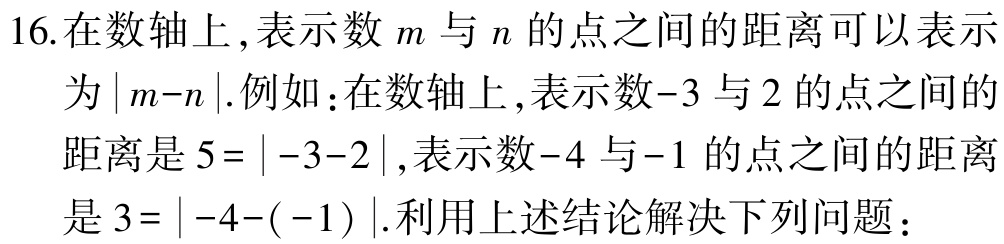
16.在数轴上,表示数\(m\)与\(n\)的点之间的距离可以表示为\(\vert m - n\vert\).例如：在数轴上,表示数\(-3\)与\(2\)的点之间的距离是\(5 = \vert -3 - 2\vert\),表示数\(-4\)与\(-1\)的点之间的距离是\(3=\vert -4 - (-1)\vert\).利用上述结论解决下列问题：